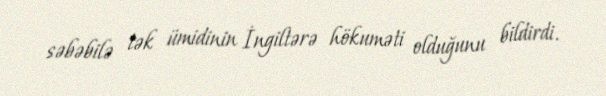
səbəbilə tək ümidinin İngiltərə hökuməti olduğunu bildirdi.